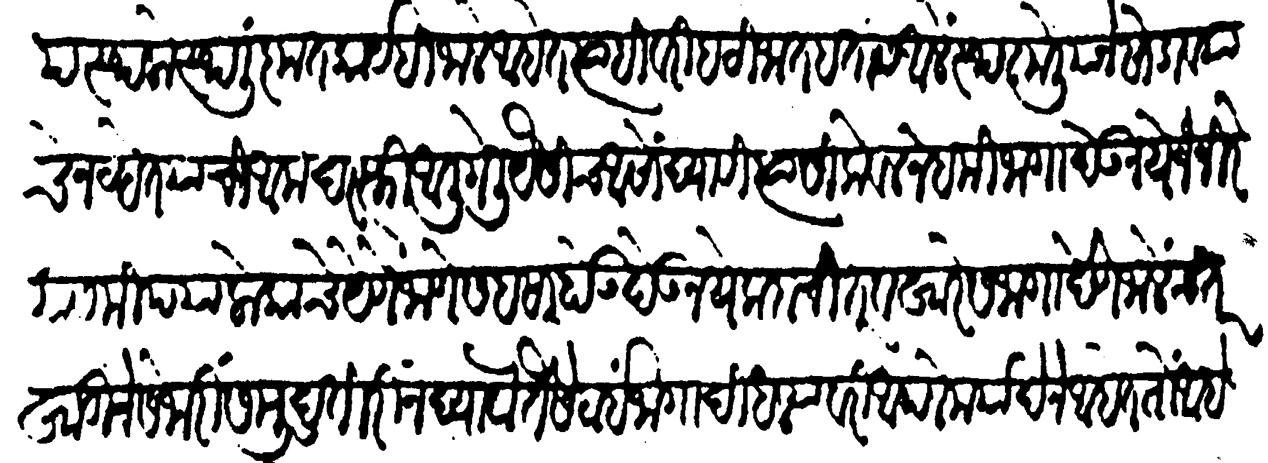
Transliteration (Devanagari): तदनुरुप स्थळोस्थळीं कृतकार्यहि जाले आहेत त्याहिवरी हट्टी जात हतास आलें स्थळ मेलियानें सोडावया चे नव्हेत यांची आमदरफ्ती आली गेली ऐसीच आसों द्यावीं त्यांसी केवळ नेहमी जागा देऊं नये जंजिर यासमीप या लोकांचें येणें जाणें सहसा होऊं देऊं नये कदाचित् वखारेस जागा देणें जालेंच तर खाडीचे सेजारीं समुद्रतीरीं न द्यावा तैसे ठाई जागा दिधल्यावरी आपले मर्यादेने आहेत तों आहे